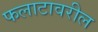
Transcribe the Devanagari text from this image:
फलाटावरील